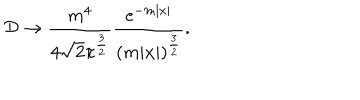
{ \cal D } \to \frac { m ^ { 4 } } { 4 \sqrt { 2 } \pi ^ { \frac 3 2 } } \frac { \mathrm { e } ^ { - m | x | } } { ( m | x | ) ^ { \frac 3 2 } } .